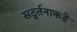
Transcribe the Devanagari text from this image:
सद्वर्तनाकडे